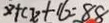
x + c x + 1 6 = 8 8